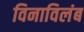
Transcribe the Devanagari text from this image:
विनाविलंब